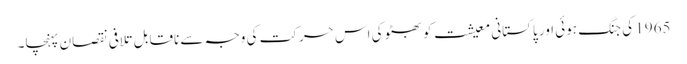
1965 کی جنگ ہوئی اور پاکستانی معیشت کو بھٹو کی اس حرکت کی وجہ سے ناقابل تلافی نقصان پہنچا۔